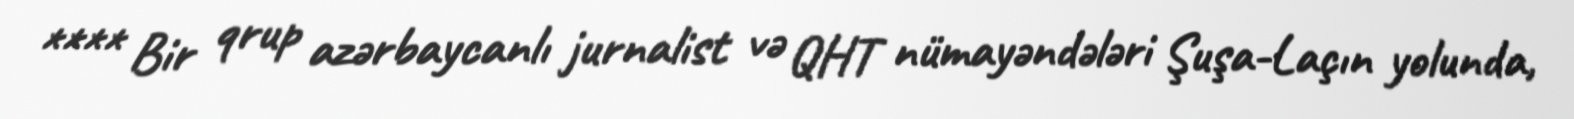
**** Bir qrup azərbaycanlı jurnalist və QHT nümayəndələri Şuşa-Laçın yolunda,